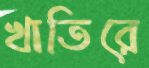
খাতিরে